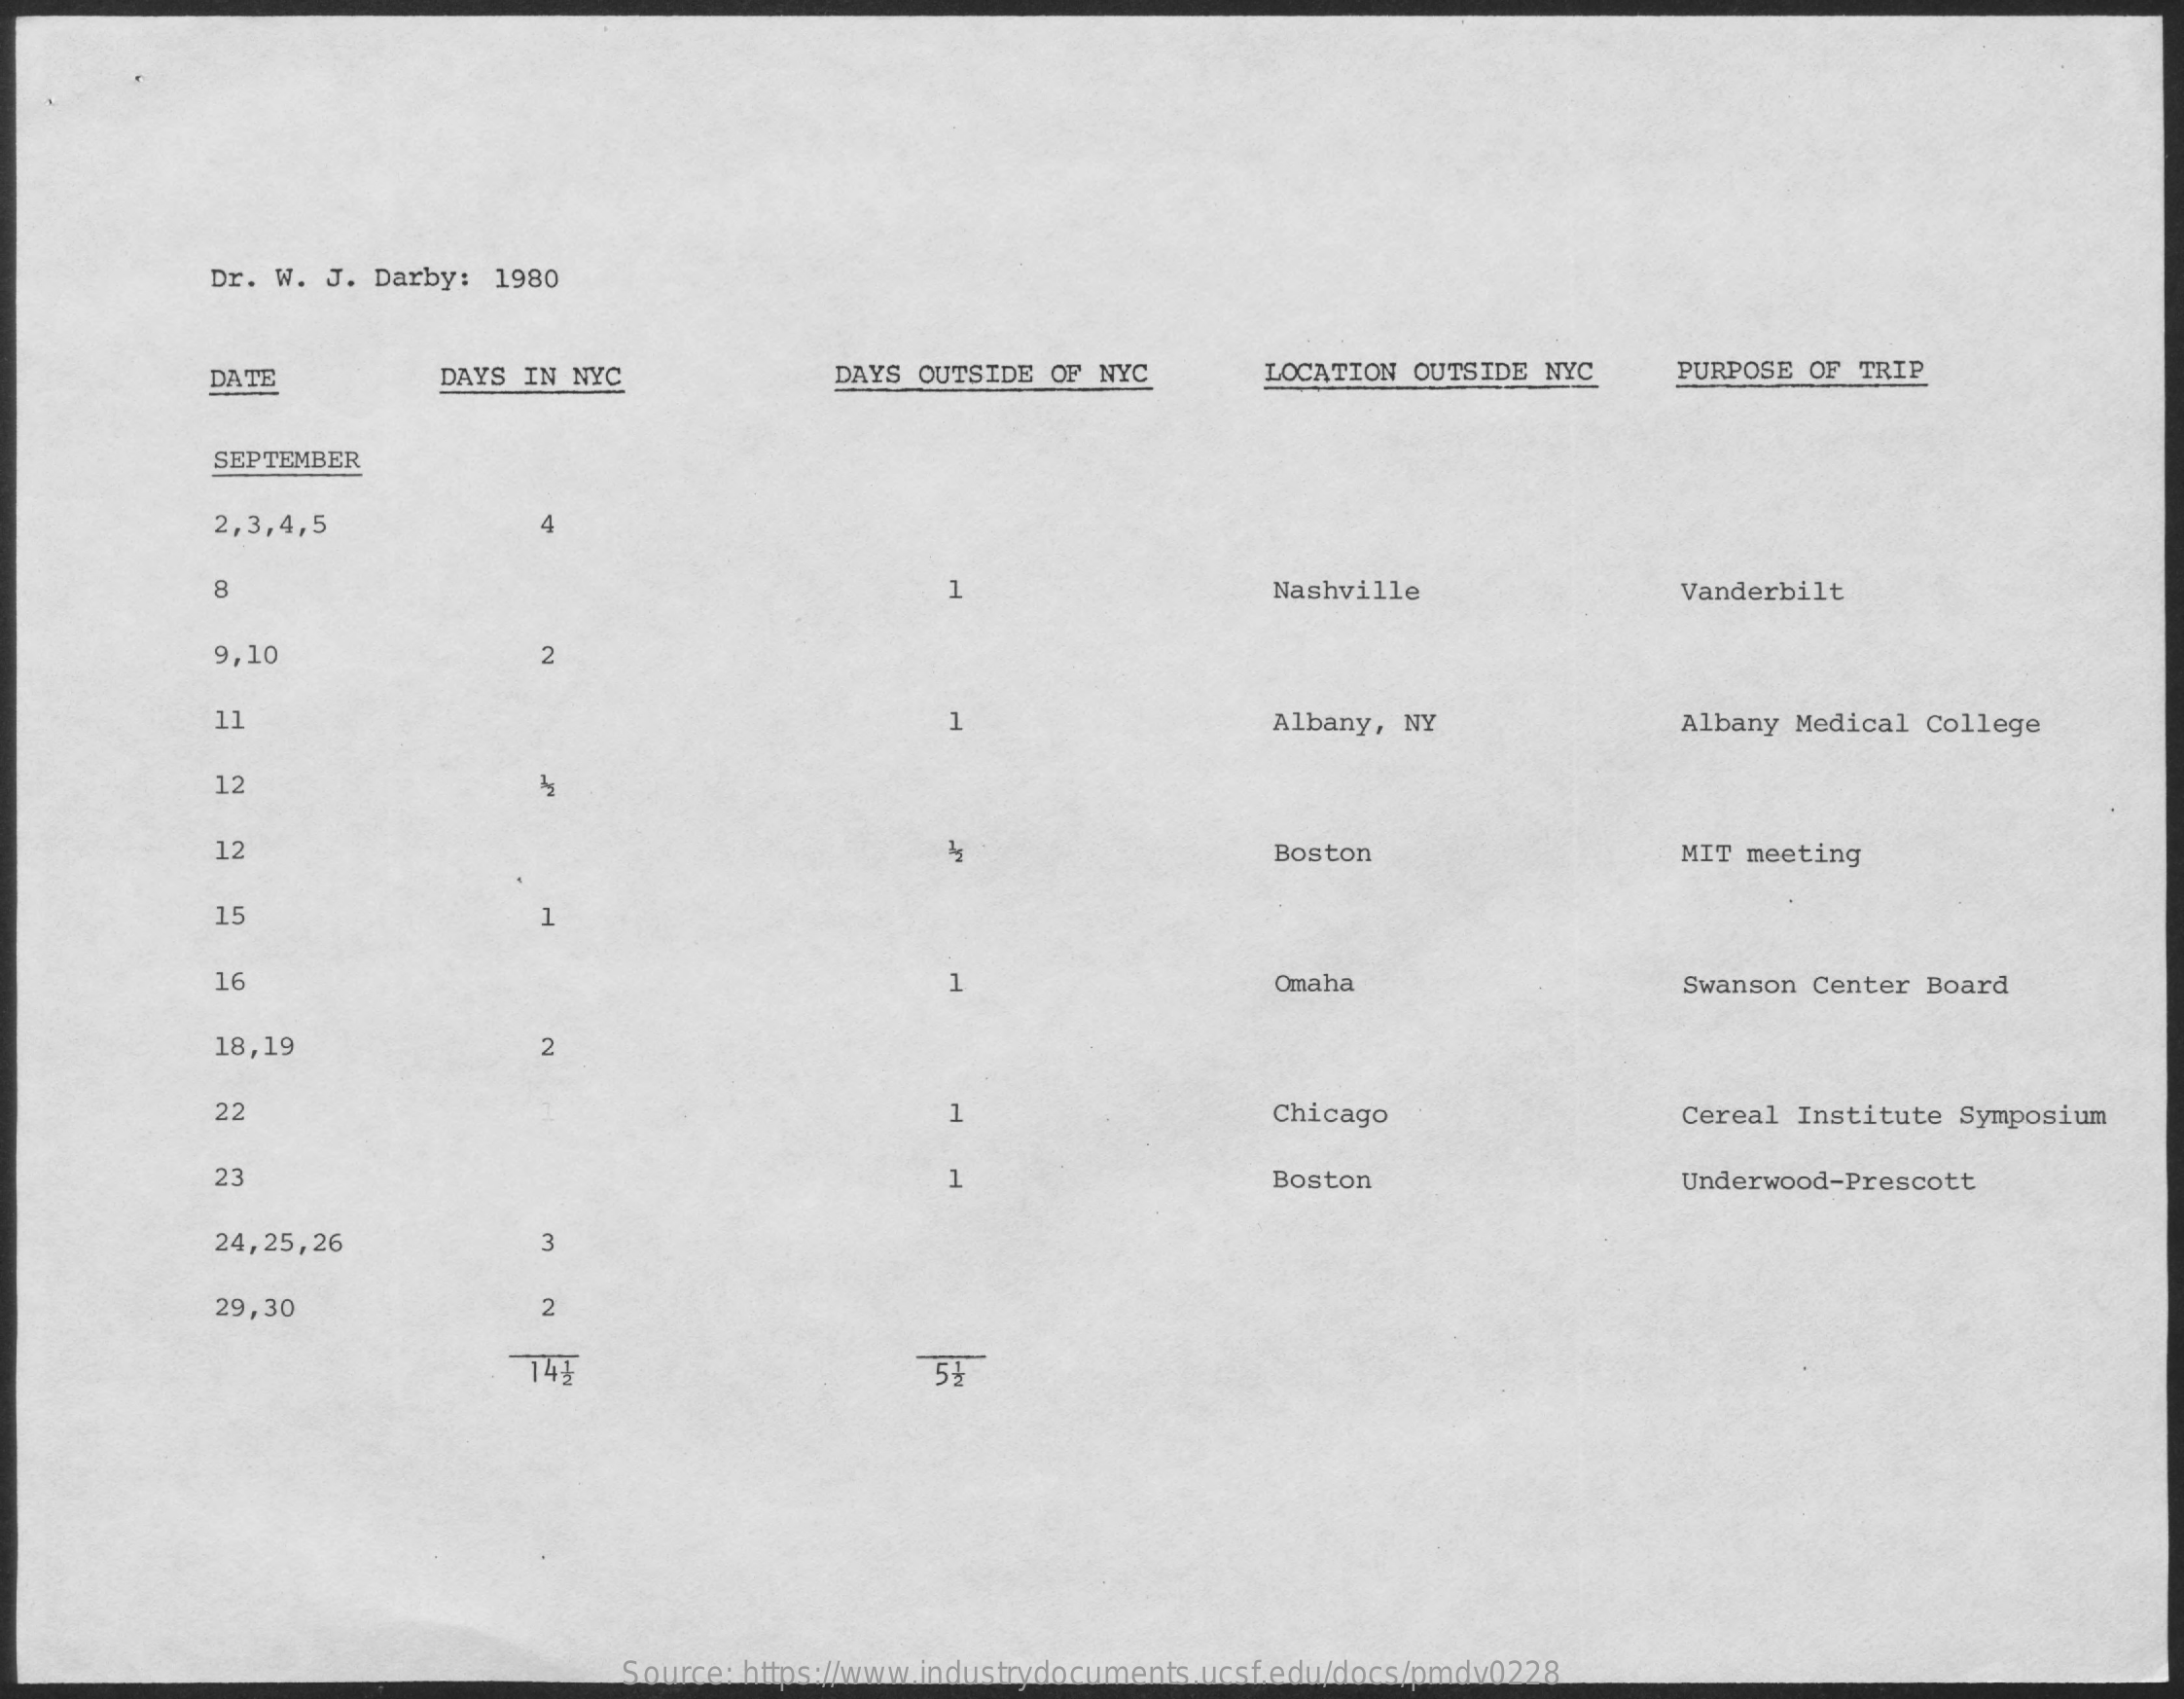
Dr. W. J. Darby: 1980
     DATE    DAYS IN NYC  DAYS OUTSIDE OF NYC LOCATION OUTSIDE NYC PURPOSE OF TRIP
     SEPTEMBER
     2,3,4,5    4
     8    1    Nashville    Vanderbilt
     9,10    2
     11    1    Albany, NY    Albany Medical College
     12
     12    Boston    MIT meeting
     15
     16    1    Omaha    Swanson Center Board
     18,19    2
     22    1    Chicago    Cereal Institute Symposium
     23    1    Boston    Underwood-Prescott
     24,25,26   3
     29,30    2
     Source: https://www.industrydocuments.ucsf.edu/docs/pmdv0228